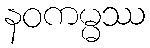
နဝကမ္မဿ